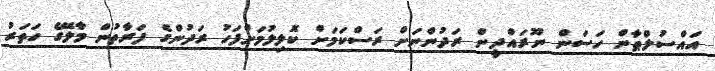
އައްސުލްޠާން ހަސަން ނޫރައްދީން ރަދުންނަށް ރަސްކަމަށް ކޮލިލުމަށްފަހު ރަދުންގެ ފަރާތުން މާލޭގެ ހަތަރު